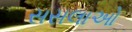
સસલાઓ